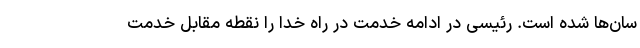
سان‌ها شده است. رئیسی در ادامه خدمت در راه خدا را نقطه مقابل خدمت